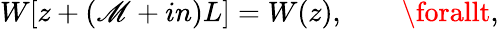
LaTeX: W[z+(\mathscr{M}+in)L]=W(z),\qquad\forallt,